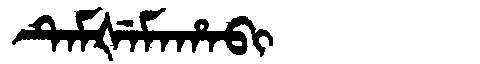
Manchu: ᡨᡝᠮᡧᡝᠮᠠᡥᠠᠪᡳ
Romanization: TEMŠEMAHABI